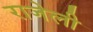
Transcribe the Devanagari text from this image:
राजेली